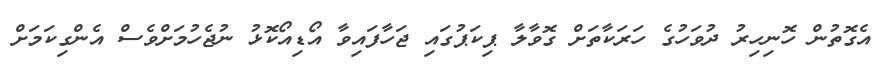
އެގޮތުން ހޮނިހިރު ދުވަހުގެ ހަރަކާތަށް ގޮވާލާ ޕިކަޕުގައި ޖަހާފައިވާ އޯޑިއޯކޮޅު ނުޖެހުމަށްވެސް އެންގިކަމަށް